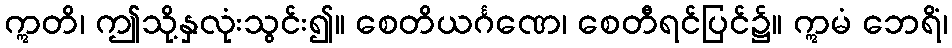
ဣတိ၊ ဤသို့နှလုံးသွင်း၍။ စေတိယင်္ဂဏေ၊ စေတီရင်ပြင်၌။ ဣမံ ဘေရိံ၊